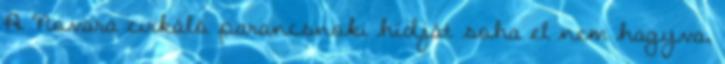
A Novara cirkáló parancsnoki hídját soha el nem hagyva,